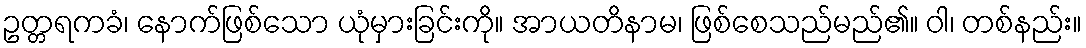
ဥတ္တရကခံ၊ နောက်ဖြစ်သော ယုံမှားခြင်းကို။ အာယတိနာမ၊ ဖြစ်စေသည်မည်၏။ ဝါ၊ တစ်နည်း။